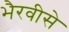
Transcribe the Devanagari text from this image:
भैरवीसे